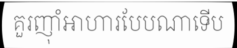
គួរញ៉ាំអាហារបែបណាទើប